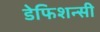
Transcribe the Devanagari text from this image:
डेफिशन्सी